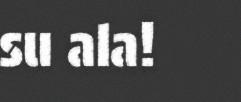
su ala!